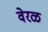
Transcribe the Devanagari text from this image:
वेरळ